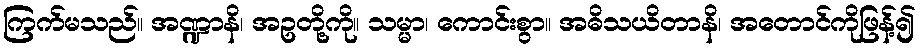
ကြက်မသည်။ အဏ္ဍာနိ၊ အဥတို့ကို။ သမ္မာ၊ ကောင်းစွာ။ အဓိသယိတာနိ၊ အတောင်ကိုဖြန့်၍